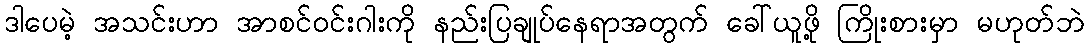
ဒါပေမဲ့ အသင်းဟာ အာစင်ဝင်းဂါးကို နည်းပြချုပ်နေရာအတွက် ခေါ်ယူဖို့ ကြိုးစားမှာ မဟုတ်ဘဲ